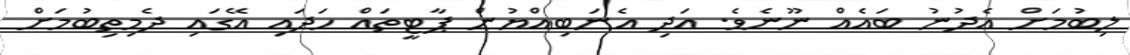
ލިބުމަށް އެދުނު ބައެއް ނޫނެވެ. އަދި އެނަބިއްޔުން ޕާޓީތައް ހަދައި އޭގައި ދެމިތިބުމަށް